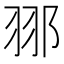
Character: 䣁